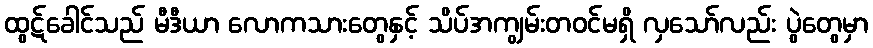
ထွဋ်ခေါင်သည် မီဒီယာ လောကသားတွေနှင့် သိပ်အကျွမ်းတဝင်မရှိ လှသော်လည်း ပွဲတွေမှာ